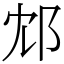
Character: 邥